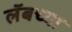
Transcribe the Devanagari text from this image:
लॅबच्या